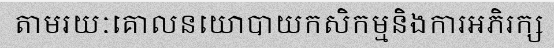
តាមរយៈគោលនយោបាយកសិកម្មនិងការអភិរក្ស